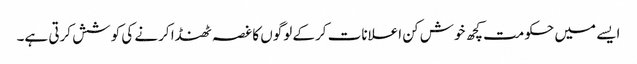
ایسے میں حکومت کچھ خوش کن اعلانات کرکے لوگوں کا غصہ ٹھنڈا کرنے کی کوشش کرتی ہے۔